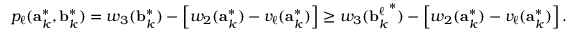
p _ { \ell } ( \mathbf { a } _ { k } ^ { * } , \mathbf { b } _ { k } ^ { * } ) = w _ { 3 } ( \mathbf { b } _ { k } ^ { * } ) - \left[ w _ { 2 } ( \mathbf { a } _ { k } ^ { * } ) - v _ { \ell } ( \mathbf { a } _ { k } ^ { * } ) \right] \geq w _ { 3 } ( { \mathbf { b } _ { k } ^ { \ell } } ^ { * } ) - \left[ w _ { 2 } ( \mathbf { a } _ { k } ^ { * } ) - v _ { \ell } ( \mathbf { a } _ { k } ^ { * } ) \right] .